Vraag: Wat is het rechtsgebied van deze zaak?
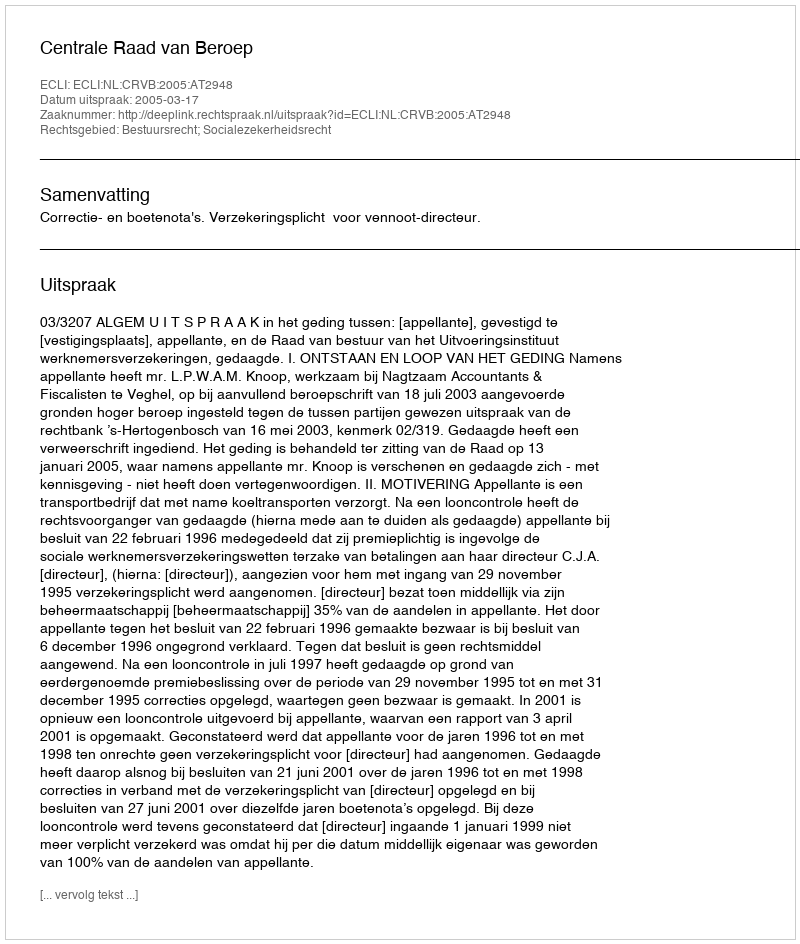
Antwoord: Bestuursrecht; Socialezekerheidsrecht